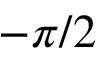
- \pi / 2